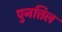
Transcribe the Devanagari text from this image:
पुनत्तिल